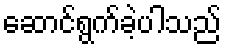
ဆောင်ရွက်ခဲ့ပါသည်